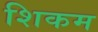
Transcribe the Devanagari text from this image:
शिकम